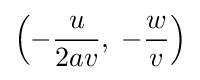
\left(-{\frac {u}{2av}},\;-{\frac {w}{v}}\right)